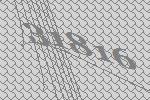
31816